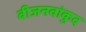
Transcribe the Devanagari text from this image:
बीजनवांकुद